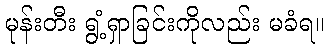
မုန်းတီး ရွံ့ရှာခြင်းကိုလည်း မခံရ။